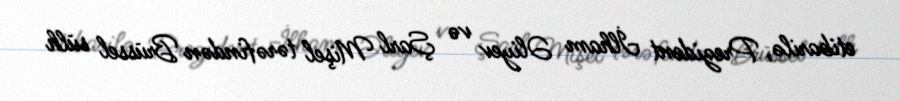
etibarilə, Prezident İlham Əliyev və Şarl Mişel tərəfindən Brüssel sülh